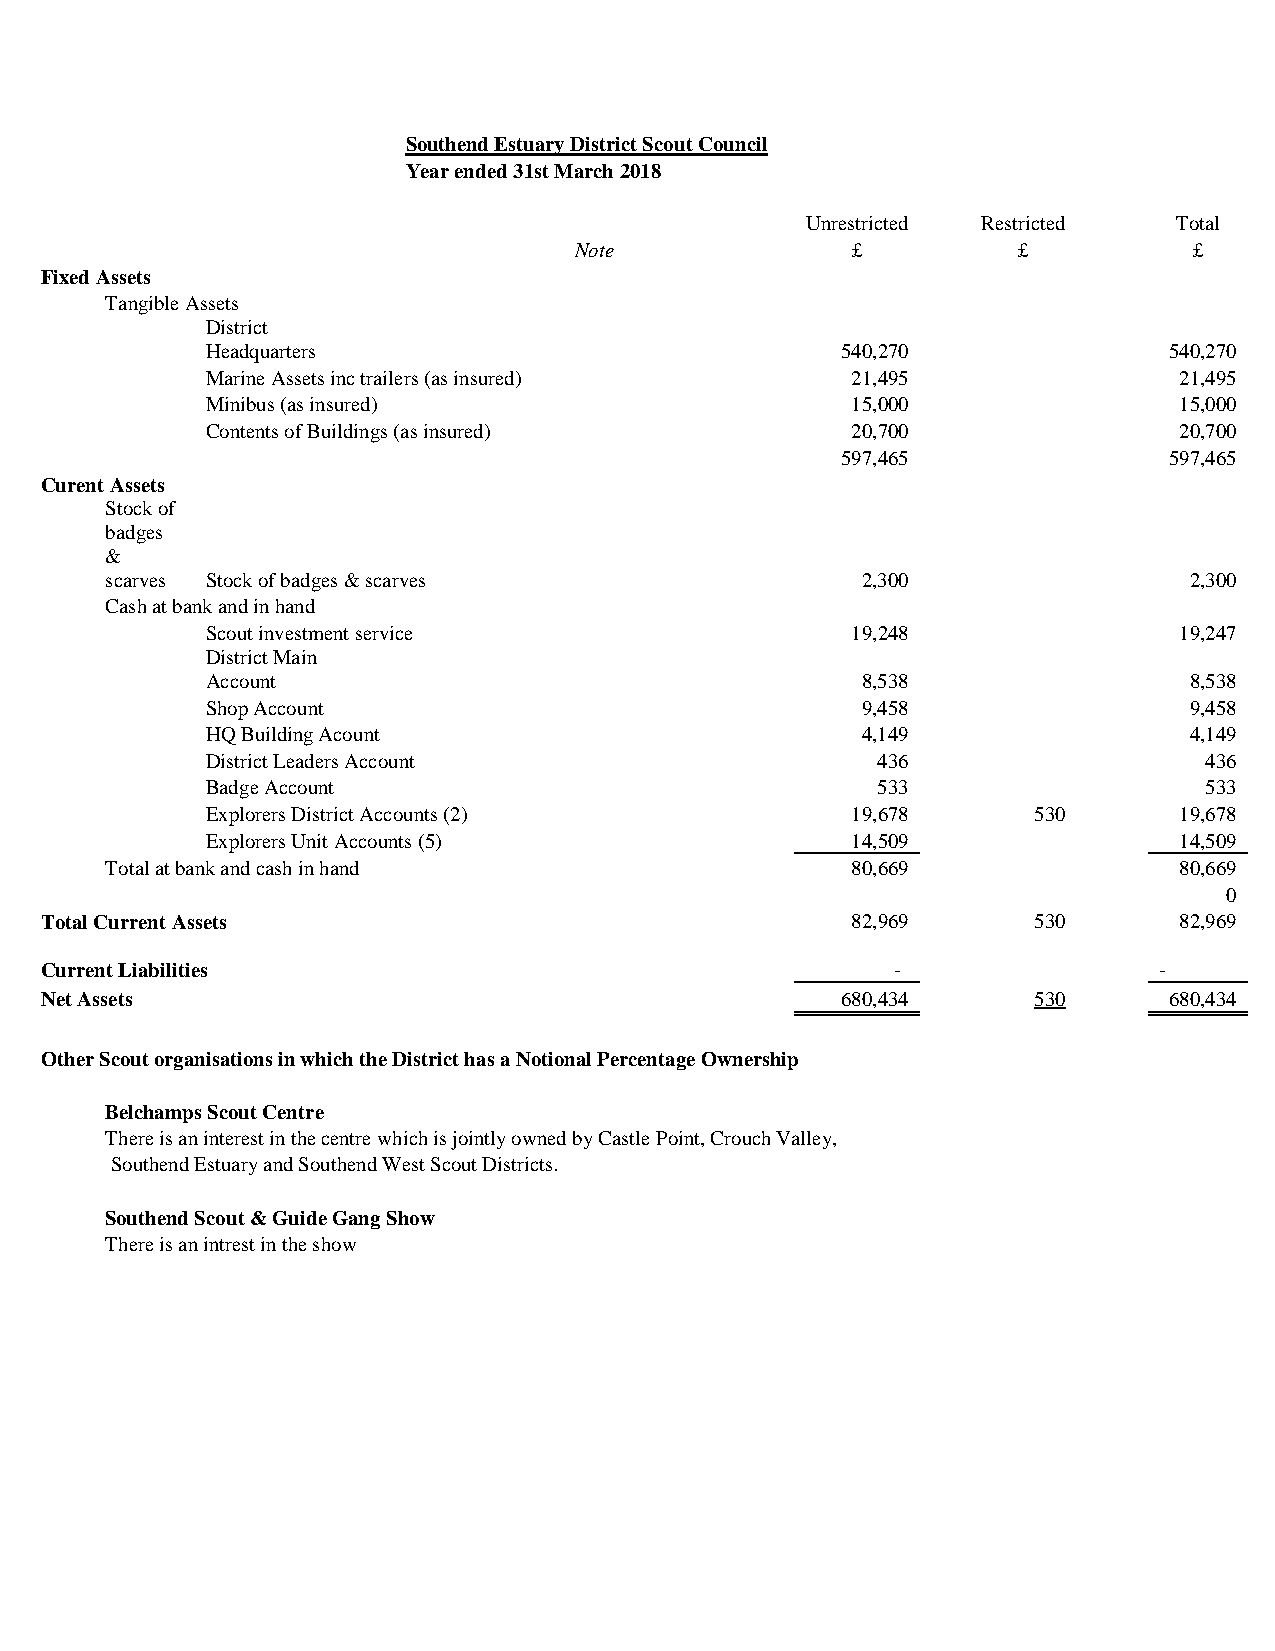
Southend Estuary District Scout Council
 Year ended 31st March 2018
 Unrestricted Restricted  Total
 Note              £          £           £
 Fixed Assets
 Tangible Assets
 District
 Headquarters                              540,270              540,270
 Marine Assets inc trailers (as insured)   21,495                21,495
 Minibus (as insured)                      15,000                15,000
 Contents of Buildings (as insured)        20,700                20,700
 597,465              597,465
 Curent Assets
 Stock of
 badges
 &
 scarves Stock of badges & scarves                 2,300                 2,300
 Cash at bank and in hand
 Scout investment service                  19,248                19,247
 District Main
 Account                                    8,538                 8,538
 Shop Account                               9,458                 9,458
 HQ Building Acount                         4,149                 4,149
 District Leaders Account                    436                   436
 Badge Account                               533                   533
 Explorers District Accounts (2)           19,678      530       19,678
 Explorers Unit Accounts (5)               14,509                14,509
 Total at bank and cash in hand                   80,669                80,669
 0
 Total Current Assets                                 82,969      530       82,969
 Current Liabilities                                     -                 -
 Net Assets                                           680,434     530      680,434
 Other Scout organisations in which the District has a Notional Percentage Ownership
 Belchamps Scout Centre
 There is an interest in the centre which is jointly owned by Castle Point, Crouch Valley,
 Southend Estuary and Southend West Scout Districts.
 Southend Scout & Guide Gang Show
 There is an intrest in the show